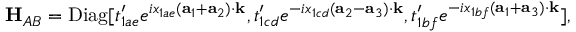
{ \bf H } _ { A B } = \mathrm { D i a g } [ t _ { 1 a e } ^ { \prime } e ^ { i x _ { 1 a e } ( { \bf a } _ { 1 } + { \bf a } _ { 2 } ) \cdot { \bf k } } , t _ { 1 c d } ^ { \prime } e ^ { - i x _ { 1 c d } ( { \bf a } _ { 2 } - { \bf a } _ { 3 } ) \cdot { \bf k } } , t _ { 1 b f } ^ { \prime } e ^ { - i x _ { 1 b f } ( { \bf a } _ { 1 } + { \bf a } _ { 3 } ) \cdot { \bf k } } ] ,